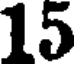
15